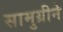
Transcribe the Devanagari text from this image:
सामुग्रीने